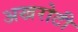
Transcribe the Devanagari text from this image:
अखरोटी